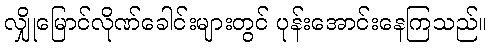
လျှိုမြောင်လိုဏ်ခေါင်းများတွင် ပုန်းအောင်းနေကြသည်။